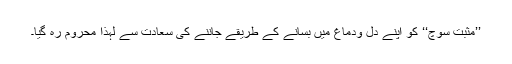
’’مثبت سوچ‘‘ کو اپنے دل ودماغ میں بسانے کے طریقے جاننے کی سعادت سے لہذا محروم رہ گیا۔